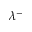
\lambda ^ { - }